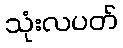
သုံးလပတ်